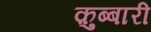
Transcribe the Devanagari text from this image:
क़ुब्बारी